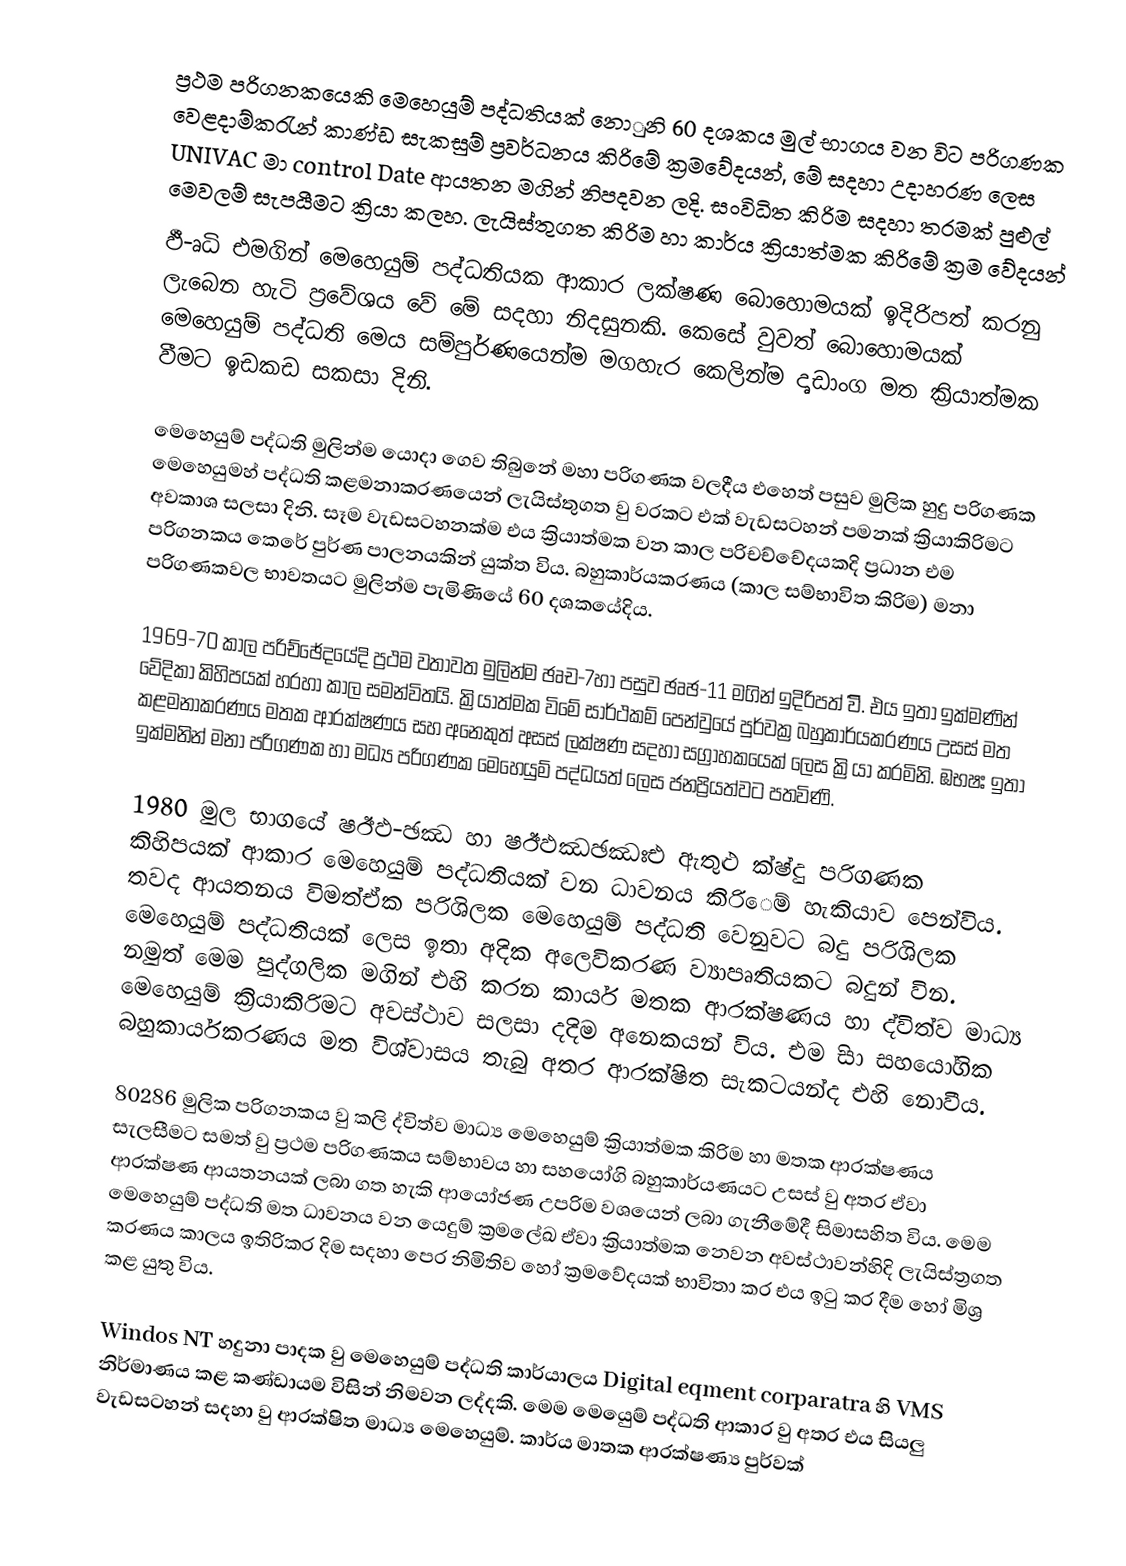
ප්‍රථම පරිගනකයෙකි මෙහෙයුම් පද්ධතියක් නොුනි 60 දශකය මුල් භාගය වන විට පරිගණක වෙළදාම්කරැන් කාණ්ඩ සැකසුම් ප්‍රවර්ධනය කිරිමේ ක්‍රමවේදයන්, මේ සදහා උදාහරණ ලෙස UNIVAC මා  control Date ආයතන මගින් නිපදවන ලදි. සංවිධිත කිරිම සදහා තරමක් පුළුල් මෙවලම් සැපයීමට ක්‍රියා කලහ. ලැයිස්තුගත කිරිම හා කාර්ය ක්‍රියාත්මක කිරිමේ ක්‍රම වේදයන්
ඵී-ෘධි එමගින් මෙහෙයුම් පද්ධතියක ආකාර ලක්ෂණ බොහොමයක් ඉදිරිපත් කරනු ලැබෙන හැටි ප්‍රවේශය වේ මේ සදහා නිදසුනකි. කෙසේ වුවත් බොහොමයක් මෙහෙයුම් පද්ධති මෙය සම්පුර්ණයෙන්ම මගහැර කෙලින්ම දෘඩාංග මත ක්‍රියාත්මක වීමට ඉඩකඩ සකසා දිනි.

මෙහෙයුම් පද්ධති මුලින්ම යොදා ගෙව තිබුනේ මහා පරිගණක වලදීය එහෙත් පසුව මුලික හුදු පරිගණක මෙහෙයුමහ් පද්ධති කළමනාකරණයෙන් ලැයිස්තුගත වු වරකට එක් වැඩසටහන් පමනක් ක්‍රියාකිරිමට අවකාශ සලසා දිනි. සෑම වැඩසටහනක්ම එය ක්‍රියාත්මක වන කාල පරිචච්චේදයකදි ප්‍රධාන එම පරිගනකය කෙරේ පුර්ණ පාලනයකින් යුක්ත විය. බහුකාර්යකරණය (කාල සම්භාවිත කිරිම) මනා පරිගණකවල භාවතයට මුලින්ම පැමිණියේ 60 දශකයේදිය.

1969-70 කාල පරිච්ඡේදයේදි ප්‍රථම වතාවත මුලින්ම ඡෘච-7හා පසුව ඡෘඡ-11 මගින් ඉදිරිපත් විි. එය ඉතා ඉක්මණින් වේදිකා කිහිපයක් හරහා කාල සමන්විතයි. ක්‍රියාත්මක විමේ සාර්ථකම් පෙන්වුයේ ‍පුර්වක්‍ර බහුකාර්යකරණය උසස් මත කළමනාකරණය මතක ආරක්ෂණය සහ අනෙකුත් අසස් ලක්ෂණ සදහා සග්‍රාහකයෙක් ලෙස ක්‍රියා කරමිනි. ඹභෂඃ ඉතා ඉක්මනින් මනා පරිගණක හා මධ්‍ය පරිගණක මෙහෙයුම් පද්ධයත් ලෙස ජනප්‍රියත්වට පතවිණි.

1980 මුල භාගයේ ෂඊඵ-ඡඣ හා ෂඊඵඣඡඣඃඑ ඇතුළු ක්ෂ්දු පරිගණක කිහිපයක් ආකාර මෙහෙයුම් පද්ධතියක් වන ධාවනය කිරි‍ෙම් හැකියාව පෙන්විය. තවද ආයතනය විමත්ඒක පරිශිලක මෙහෙයුම් පද්ධති වෙනුවට බදු පරිශිලක මෙහෙයුම් පද්ධතියක් ලෙස ඉතා අදික අලෙවිකරණ ව්‍යාපෘතියකට බදුන් වින. නමුත් මෙම පුද්ගලික මගින් එහි කරන කාර්ය මතක ආරක්ෂණය හා ද්විත්ව ‍මාධ්‍ය මෙහෙයුම් ක්‍රියාකිරිමට අවස්ථාව සලසා දදිම අනෙකයන් විය. එම ිසා සහයෝගික බහුකාර්යකරණය මත විශ්වාසය තැබු අතර ආරක්ෂිත සැකටයන්ද එහි නොවීය.

80286 මුලික පරිගනකය වු කලි ද්විත්ව මාධ්‍ය මෙහෙයුම් ක්‍රියාත්මක කිරිම හා මතක ආරක්ෂණය සැලසීමට සමත් වු ප්‍රථම පරිගණකය සම්භාවය හා සහයෝගි බහුකාර්යණයට උසස් වු අතර ඒවා ආරක්ෂණ ආයතනයක් ලබා ගත හැකි ආයෝජණ උපරිම වශයෙන් ලබා ගැනීමේදී සිමාසහිත විය. මෙම මෙහෙයුම් පද්ධති මත ධාවනය වන යෙදුම් ක්‍රමලේඛ ඒවා ක්‍රියාත්මක නෙවන අවස්ථාවන්හිදි ලැයිස්ත්‍රගත කරණය කාලය ඉතිරිකර දිම සදහා පෙර නිමිතිව හෝ ක්‍රමවේදයක් භාවිතා කර එය ඉටු කර දීම හෝ මිශ්‍ර කළ යුතු විය.

Windos NT හදුනා පාදක වු මෙහෙයුම් පද්ධති කාර්යාලය Digital eqment corparatra  හි VMS නිර්මාණය කළ කණ්ඩායම  විසින් නිමවන ලද්දකි. මෙම මෙයෙුම් පද්ධති ආකාර වු අතර එය සියලු වැඩසටහන් සදහා වු ආරක්ෂිත මාධ්‍ය මෙහෙයුම්. කාර්ය මාතක ආරක්ෂණ්‍ය පුර්වක්